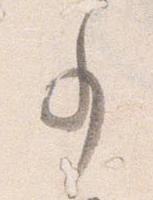
事